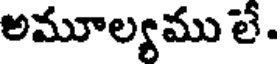
అమూల్యము లే.